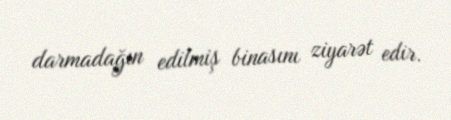
darmadağın edilmiş binasını ziyarət edir.